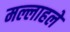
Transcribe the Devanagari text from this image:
मल्लाहले